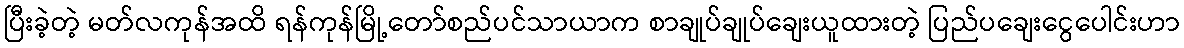
ပြီးခဲ့တဲ့ မတ်လကုန်အထိ ရန်ကုန်မြို့တော်စည်ပင်သာယာက စာချုပ်ချုပ်ချေးယူထားတဲ့ ပြည်ပချေးငွေပေါင်းဟာ